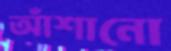
আঁশানো